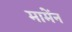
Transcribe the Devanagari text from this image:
मामेंन